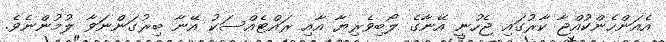
އެއަންހެންކުއްޖާ ކާރުގައި ޖެހުނީ އޭނާގެ ލޯބިވެރިޔާ އާއި ރައްޓެއްސަކު އޭނާ ބިރުގަންނަވާ ލުމުންނެވެ.